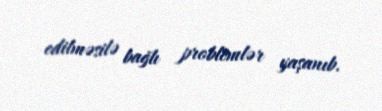
edilməsilə bağlı problemlər yaşanıb.